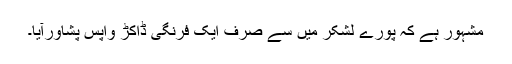
مشہور ہے کہ پورے لشکر میں سے صرف ایک فرنگی ڈاکڑ واپس پشاورآیا۔